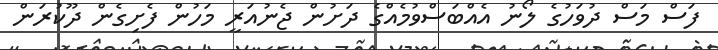
ފަސް މަސް ދުވަހުގެ ލޯނު އެއްބަސްވުމެއްގެ ދަށުން ޖެނުއަރީ މަހުން ފެށިގެން ދޫކުރަން